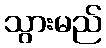
သွားမည်